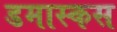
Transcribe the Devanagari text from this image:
डमास्कस